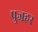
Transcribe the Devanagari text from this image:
पुजहर